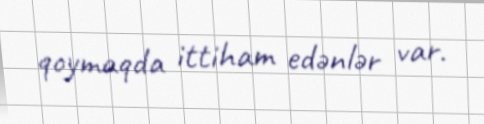
qoymaqda ittiham edənlər var.